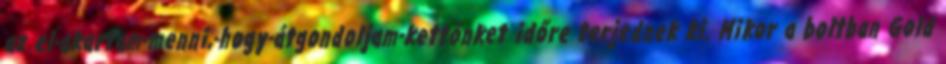
az el-akartam-menni,-hogy-átgondoljam-kettőnket időre terjednek ki. Mikor a boltban Gold